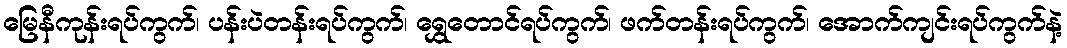
မြေနီကုန်းရပ်ကွက်၊ ပန်းပဲတန်းရပ်ကွက်၊ ရွှေတောင်ရပ်ကွက်၊ ဖက်တန်းရပ်ကွက်၊ အောက်ကျင်းရပ်ကွက်နဲ့